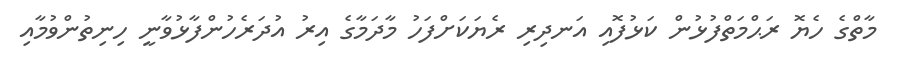
މާތްގެ ހެޔޮ ރަޙްމަތްފުޅުން ކަޅުފޮއި އަނދިރި ރެޔަކަށްފަހު މާދަމާގެ އިރު އުދަރެހުންފާޅުވާނީ ހިނިތުންވުމާއި